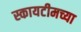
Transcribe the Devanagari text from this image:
स्कायटीमच्या